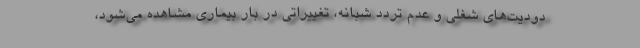
دودیت‌های شغلی و عدم تردد شبانه، تغییراتی در بار بیماری مشاهده می‌شود،